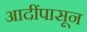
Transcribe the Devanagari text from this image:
आदींपासून